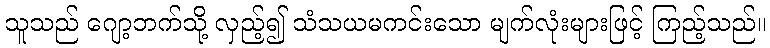
သူသည် ဂျော့ဘက်သို့ လှည့်၍ သံသယမကင်းသော မျက်လုံးများဖြင့် ကြည့်သည်။